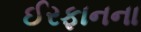
ઈરફાનના